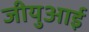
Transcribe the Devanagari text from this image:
जीयुआई